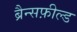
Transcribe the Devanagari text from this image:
ब्रैन्सफ़ील्ड